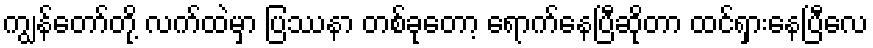
ကျွန်တော်တို့ လက်ထဲမှာ ပြဿနာ တစ်ခုတော့ ရောက်နေပြီဆိုတာ ထင်ရှားနေပြီလေ